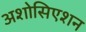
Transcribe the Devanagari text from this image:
अशोसिएशन